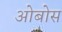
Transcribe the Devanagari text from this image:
ओबोस